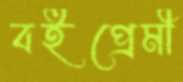
বইপ্রেমী